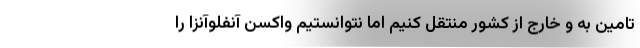
تامین به و خارج از کشور منتقل کنیم اما نتوانستیم واکسن آنفلوآنزا را